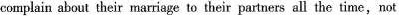
complain about their marriage to their partners all the time,not